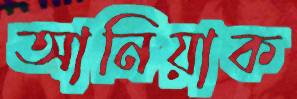
আনিয়াক